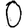
Digit: 0